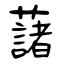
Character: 藷